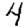
Digit: 4